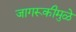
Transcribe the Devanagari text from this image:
जागरूकीमुळे